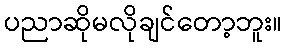
ပညာဆိုမလိုချင်တော့ဘူး။